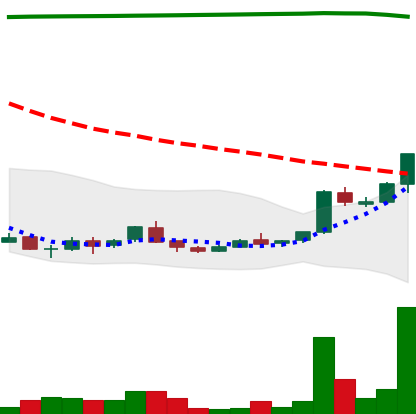
Ticker: ADA-USD
Chart end date: 2018-04-16
Forward return: 13.222%
Label: up_7plus